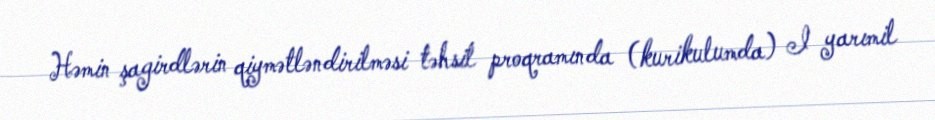
Həmin şagirdlərin qiymətləndirilməsi təhsil proqramında (kurikulumda) I yarımil